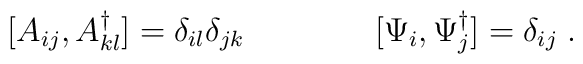
[A_{ij}, A^{\dagger}_{kl}] = \delta_{il} \delta_{jk}  \qquad \qquad [\Psi_i, \Psi^{\dagger}_j] = \delta_{ij} \; .